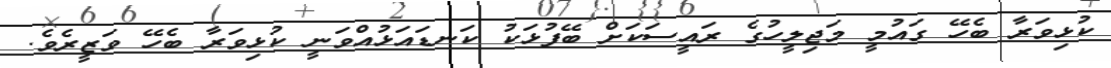
ކުޅިވަރާ ބެހޭ ގައުމީ މަޖިލީހުގެ ރައީސަކަށް ބޭފުޅަކު ކަނޑައަޅުއްވަނީ ކުޅިވަރާ ބެހޭ ވަޒީރެވެ.